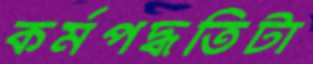
কর্মপদ্ধতিটা